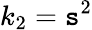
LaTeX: k_{2}=\mathtt{s}^{2}